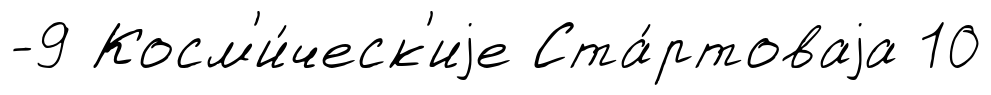
-9 Косм'и́ческ'иjе Ста́ртоваjа 10